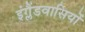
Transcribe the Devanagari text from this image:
इंग्लैंडवासियों